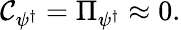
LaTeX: {\cal\mathcal{C}}_{\psi^{\dagger}}=\Pi_{\psi^{\dagger}}\approx0.